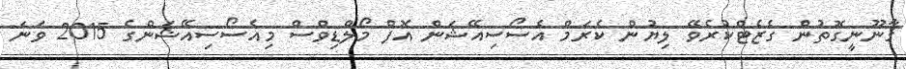
ޤާނޫނީގޮތުން ގެޒެޓްކުރެވޭ ލިޔުން ކެރަމް އެސޯސިއޭޝަން އޮފް މޯލްޑިވްސް މިއެސޯސިއޭޝަންގެ 2015 ވަނަ